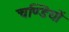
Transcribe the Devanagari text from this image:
चण्डियों